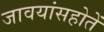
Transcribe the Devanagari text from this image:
जावयांसहोतें